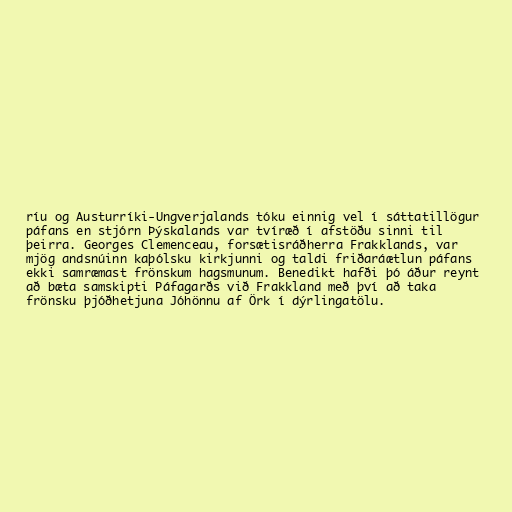
ríu og Austurríki-Ungverjalands tóku einnig vel í sáttatillögur
páfans en stjórn Þýskalands var tvíræð í afstöðu sinni til
þeirra. Georges Clemenceau, forsætisráðherra Frakklands, var
mjög andsnúinn kaþólsku kirkjunni og taldi friðaráætlun páfans
ekki samræmast frönskum hagsmunum. Benedikt hafði þó áður reynt
að bæta samskipti Páfagarðs við Frakkland með því að taka
frönsku þjóðhetjuna Jóhönnu af Örk í dýrlingatölu.